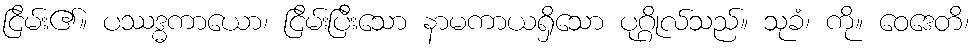
ငြိမ်း၏။ ပဿဒ္ဓကာယော၊ ငြိမ်းပြီးသော နာမကာယရှိသော ပုဂ္ဂိုလ်သည်။ သုခံ၊ ကို။ ဝေဒေတိ၊